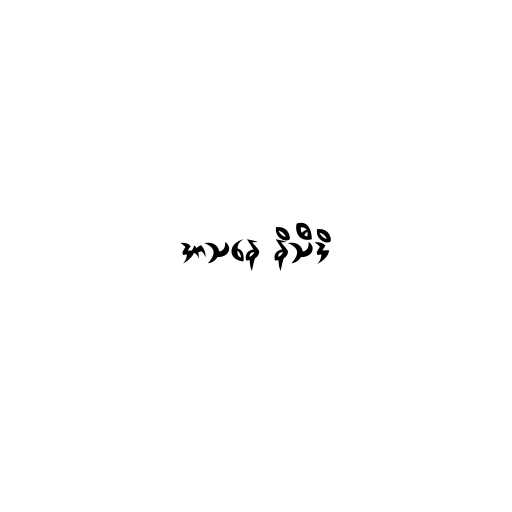
အာသနေ နိသီဒိ